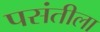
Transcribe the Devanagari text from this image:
पसंतीला